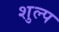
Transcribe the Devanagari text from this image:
शुल्प